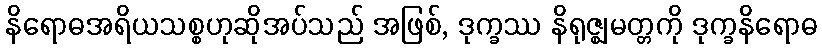
နိရောဓအရိယသစ္စဟုဆိုအပ်သည် အဖြစ်, ဒုက္ခဿ နိရုဇ္ဈမတ္တကို ဒုက္ခနိရောဓ